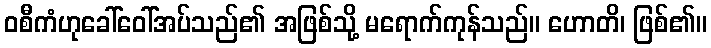
ဝစီကံဟုခေါ်ဝေါ်အပ်သည်၏ အဖြစ်သို့ မရောက်ကုန်သည်။ ဟောတိ၊ ဖြစ်၏။